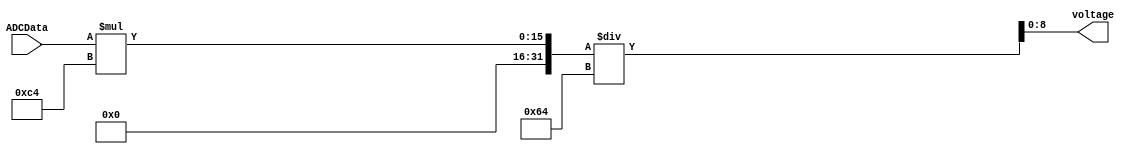
module interpretADC(
	input [7:0] ADCData,
	output reg [8:0] voltage
	);
	
	always @ (*)
		voltage = (((ADCData) * 196) /100);

endmodule